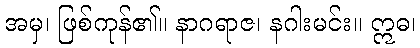
အမှ၊ ဖြစ်ကုန်၏။ နာဂရာဇ၊ နဂါးမင်း။ ဣဓ၊